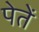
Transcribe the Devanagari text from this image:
पेतें